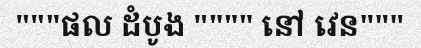
"""ផល ដំបូង """" នៅ វេន"""